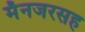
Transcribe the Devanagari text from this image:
मॅनजरसह